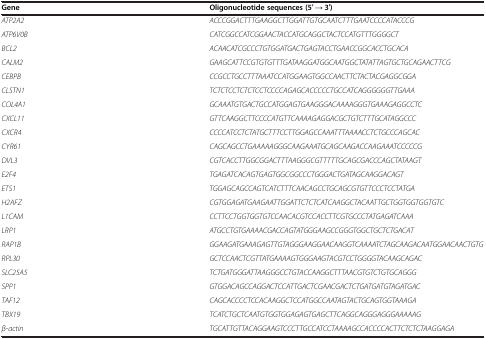
| Gene | Oligonucleotide sequences (5′ → 3′) |
 | --- | --- |
 | ATP2A2 | ACCCGGACTTTGAAGGCTTGGATTGTGCAATCTTTGAATCCCCATACCCG |
 | ATP6V0B | CATCGGCCATCGGAACTACCATGCAGGCTACTCCATGTTTGGGGCT |
 | BCL2 | ACAACATCGCCCTGTGGATGACTGAGTACCTGAACCGGCACCTGCACA |
 | CALM2 | GAAGCATTCCGTGTGTTTGATAAGGATGGCAATGGCTATATTAGTGCTGCAGAACTTCG |
 | CEBPB | CCGCCTGCCTTTAAATCCATGGAAGTGGCCAACTTCTACTACGAGGCGGA |
 | CLSTN1 | TCTCTCCTCTCTCCTCCCCAGAGCACCCCCTGCCATCAGGGGGGTTGAAA |
 | COL4A1 | GCAAATGTGACTGCCATGGAGTGAAGGGACAAAAGGGTGAAAGAGGCCTC |
 | CXCL11 | GTTCAAGGCTTCCCCATGTTCAAAAGAGGACGCTGTCTTTGCATAGGCCC |
 | CXCR4 | CCCCATCCTCTATGCTTTCCTTGGAGCCAAATTTAAAACCTCTGCCCAGCAC |
 | CYR61 | CAGCAGCCTGAAAAAGGGCAAGAAATGCAGCAAGACCAAGAAATCCCCCG |
 | DVL3 | CGTCACCTTGGCGGACTTTAAGGGCGTTTTTGCAGCGACCCAGCTATAAGT |
 | E2F4 | TGAGATCACAGTGAGTGGCGGCCCTGGGACTGATAGCAAGGACAGT |
 | ETS1 | TGGAGCAGCCAGTCATCTTTCAACAGCCTGCAGCGTGTTCCCTCCTATGA |
 | H2AFZ | CGTGGAGATGAAGAATTGGATTCTCTCATCAAGGCTACAATTGCTGGTGGTGGTGTC |
 | L1CAM | CCTTCCTGGTGGTGTCCAACACGTCCACCTTCGTGCCCTATGAGATCAAA |
 | LRP1 | ATGCCTGTGAAAACGACCAGTATGGGAAGCCGGGTGGCTGCTCTGACAT |
 | RAP1B | GGAAGATGAAAGAGTTGTAGGGAAGGAACAAGGTCAAAATCTAGCAAGACAATGGAACAACTGTG |
 | RPL30 | GCTCCAACTCGTTATGAAAAGTGGGAAGTACGTCCTGGGGTACAAGCAGAC |
 | SLC25A5 | TCTGATGGGATTAAGGGCCTGTACCAAGGCTTTAACGTGTCTGTGCAGGG |
 | SPP1 | GTGGACAGCCAGGACTCCATTGACTCGAACGACTCTGATGATGTAGATGAC |
 | TAF12 | CAGCACCCCTCCACAAGGCTCCATGGCCAATAGTACTGCAGTGGTAAAGA |
 | TBX19 | TCATCTGCTCAATGTGGTGGAGAGTGAGCTTCAGGCAGGGAGGGAAAAAG |
 | β-actin | TGCATTGTTACAGGAAGTCCCTTGCCATCCTAAAAGCCACCCCACTTCTCTCTAAGGAGA |